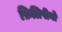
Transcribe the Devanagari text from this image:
फ़िलिपीनों